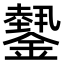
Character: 𨬝